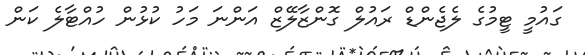
ގައުމީ ޓީމުގެ ލެޖެންޑް ރައުލް ގޮންޒާލޭޒް އަންނަ މަހު ކުޅުން ހުއްޓާލެ ކަން